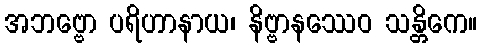
အဘဗ္ဗော ပရိဟာနာယ၊ နိဗ္ဗာနဿေဝ သန္တိကေ။